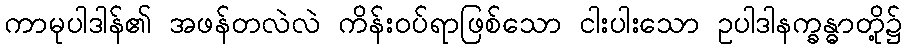
ကာမုပါဒါန်၏ အဖန်တလဲလဲ ကိန်းဝပ်ရာဖြစ်သော ငါးပါးသော ဥပါဒါနက္ခန္ဓာတို့၌